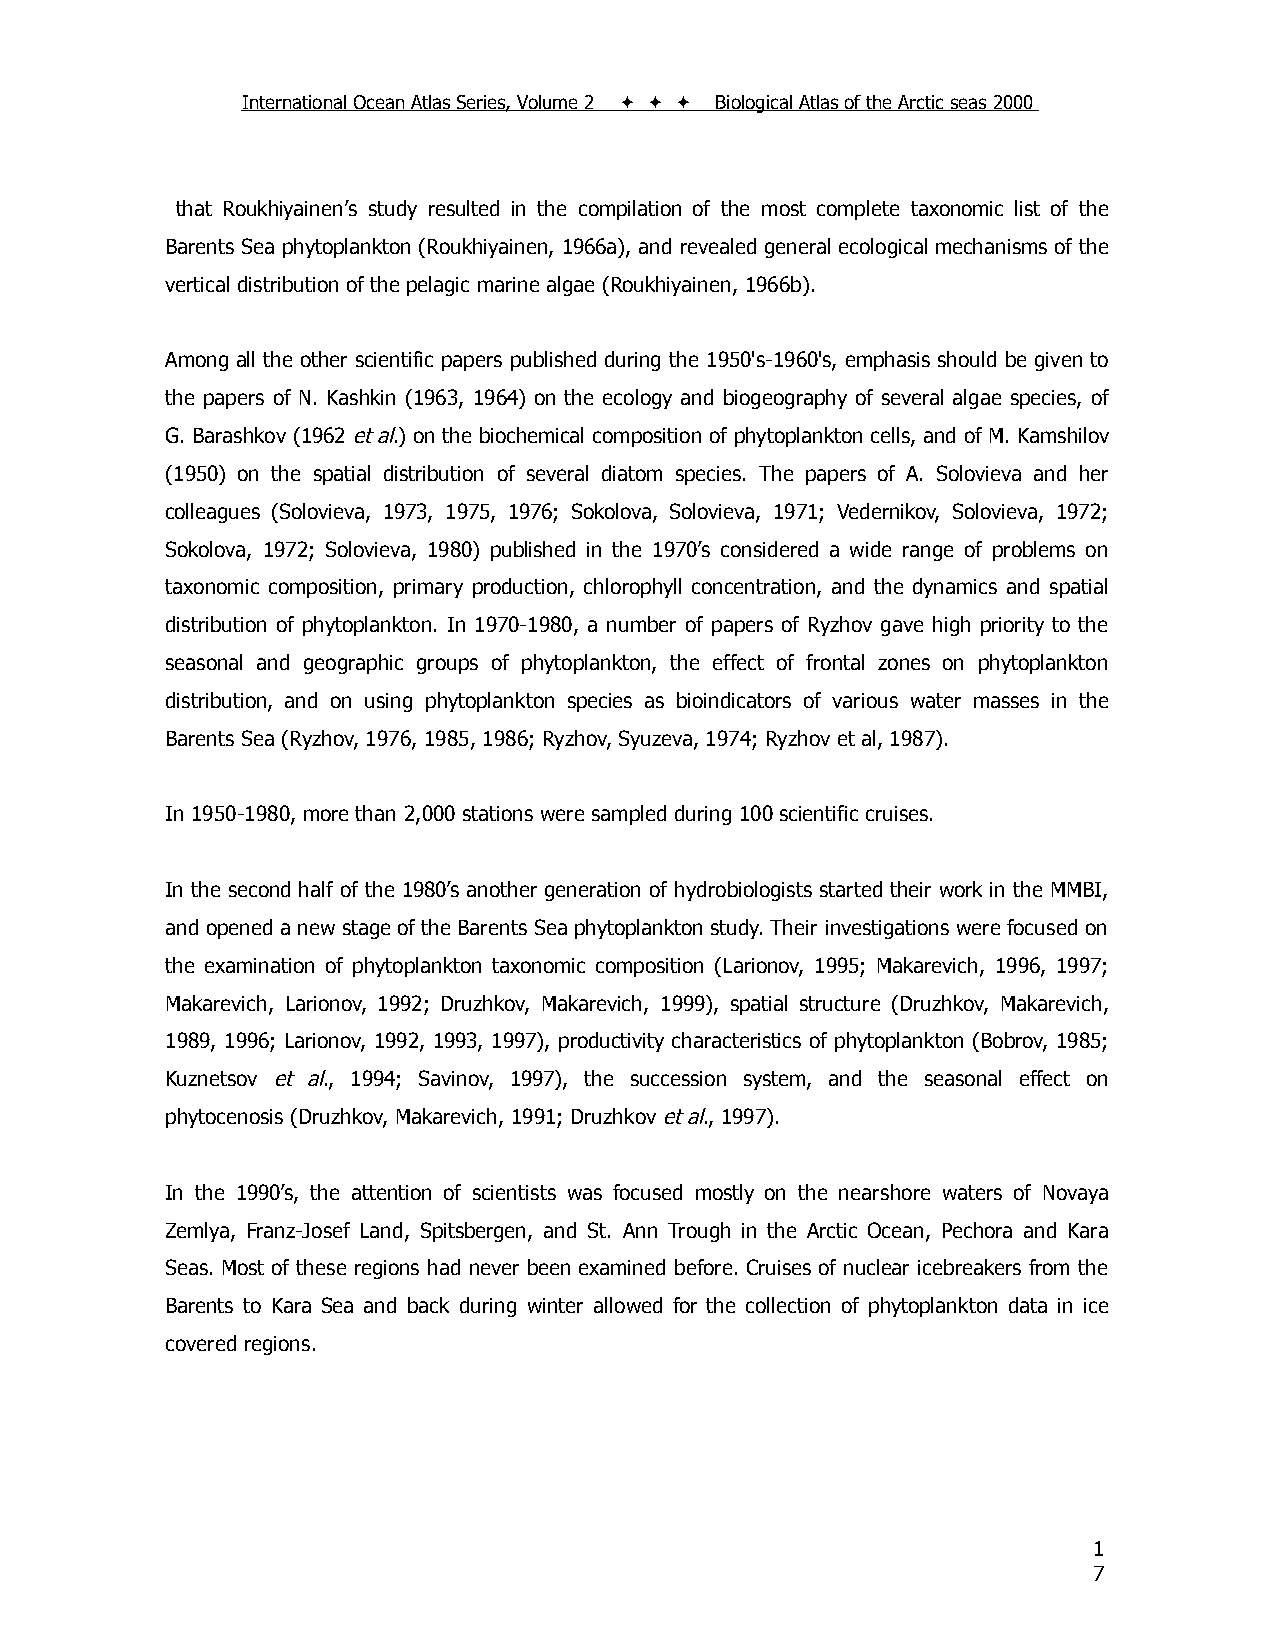
International Ocean Atlas Series, Volume 2    Biological Atlas of the Arctic seas 2000
 that Roukhiyainen’s study resulted in the compilation of the most complete taxonomic list of the
 Barents Sea phytoplankton (Roukhiyainen, 1966a), and revealed general ecological mechanisms of the
 vertical distribution of the pelagic marine algae (Roukhiyainen, 1966b).
 Among all the other scientific papers published during the 1950's-1960's, emphasis should be given to
 the papers of N. Kashkin (1963, 1964) on the ecology and biogeography of several algae species, of
 G. Barashkov (1962 et al.) on the biochemical composition of phytoplankton cells, and of M. Kamshilov
 (1950) on the spatial distribution of several diatom species. The papers of A. Solovieva and her
 colleagues (Solovieva, 1973, 1975, 1976; Sokolova, Solovieva, 1971; Vedernikov, Solovieva, 1972;
 Sokolova, 1972; Solovieva, 1980) published in the 1970’s considered a wide range of problems on
 taxonomic composition, primary production, chlorophyll concentration, and the dynamics and spatial
 distribution of phytoplankton. In 1970-1980, a number of papers of Ryzhov gave high priority to the
 seasonal and geographic groups of phytoplankton, the effect of frontal zones on phytoplankton
 distribution, and on using phytoplankton species as bioindicators of various water masses in the
 Barents Sea (Ryzhov, 1976, 1985, 1986; Ryzhov, Syuzeva, 1974; Ryzhov et al, 1987).
 In 1950-1980, more than 2,000 stations were sampled during 100 scientific cruises.
 In the second half of the 1980’s another generation of hydrobiologists started their work in the MMBI,
 and opened a new stage of the Barents Sea phytoplankton study. Their investigations were focused on
 the examination of phytoplankton taxonomic composition (Larionov, 1995; Makarevich, 1996, 1997;
 Makarevich, Larionov, 1992; Druzhkov, Makarevich, 1999), spatial structure (Druzhkov, Makarevich,
 1989, 1996; Larionov, 1992, 1993, 1997), productivity characteristics of phytoplankton (Bobrov, 1985;
 Kuznetsov et al., 1994; Savinov, 1997), the succession system, and the seasonal effect on
 phytocenosis (Druzhkov, Makarevich, 1991; Druzhkov et al., 1997).
 In the 1990’s, the attention of scientists was focused mostly on the nearshore waters of Novaya
 Zemlya, Franz-Josef Land, Spitsbergen, and St. Ann Trough in the Arctic Ocean, Pechora and Kara
 Seas. Most of these regions had never been examined before. Cruises of nuclear icebreakers from the
 Barents to Kara Sea and back during winter allowed for the collection of phytoplankton data in ice
 covered regions.
 1
 7